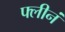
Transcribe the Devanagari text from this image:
फ्लीनं